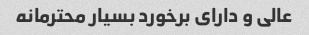
عالی و دارای برخورد بسیار محترمانه